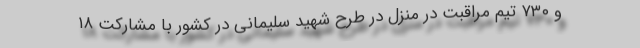
و ۷۳۰ تیم مراقبت در منزل در طرح شهید سلیمانی در کشور با مشارکت ۱۸